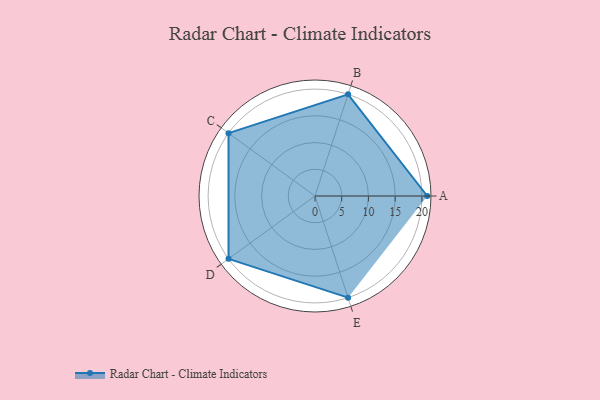
{"axis": {"x": "Skill", "y": "Score"}, "legend": ["Profile"], "data": [{"x": "A", "y": 21.0, "type": "Profile"}, {"x": "B", "y": 20, "type": "Profile"}, {"x": "C", "y": 20, "type": "Profile"}, {"x": "D", "y": 20, "type": "Profile"}, {"x": "E", "y": 20, "type": "Profile"}]}